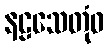
နဠသေတုံဝ